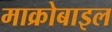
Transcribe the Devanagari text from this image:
माक्रोबाइल